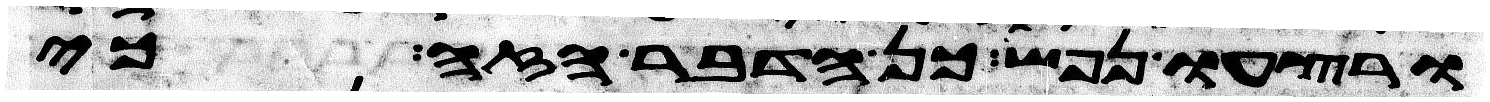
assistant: ורצחו נפש כן הדבר הזה כי